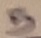
Text: 5